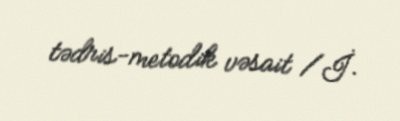
tədris-metodik vəsait /İ.